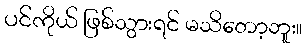
ပင်ကိုယ် ဖြစ်သွားရင် မသိတော့ဘူး။